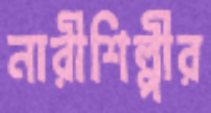
নারীশিল্পীর